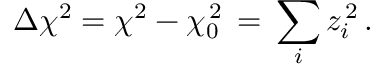
\Delta \chi ^ { 2 } = \chi ^ { 2 } - \chi _ { 0 } ^ { \, 2 } \, = \, \sum _ { i } z _ { i } ^ { \, 2 } \, .